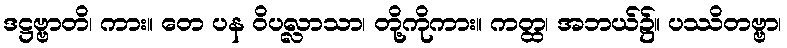
ဒဋ္ဌဗ္ဗာတိ၊ ကား။ တေ ပန ဝိပလ္လာသာ၊ တို့ကိုကား။ ကတ္ထ၊ အဘယ်၌။ ပဿိတဗ္ဗာ၊